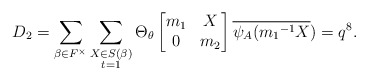
\begin{align*} D_2=\displaystyle \sum_{\beta \in F^{\times}} \sum_{\substack{X\in S(\beta) \\ t=1 }}\Theta_{\theta} \begin{bmatrix} m_1 & X\\0 & m_2\end{bmatrix}\overline{\psi_A({m_1}^{-1}X})=q^8.\end{align*}